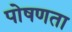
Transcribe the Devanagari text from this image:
पोषणता